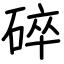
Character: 碎